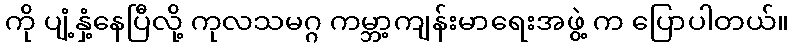
ကို ပျံ့နှံ့နေပြီလို့ ကုလသမဂ္ဂ ကမ္ဘာ့ကျန်းမာရေးအဖွဲ့ က ပြောပါတယ်။